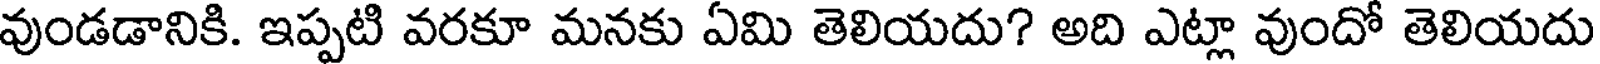
వుండడానికి. ఇప్పటి వరకూ మనకు ఏమి తెలియదు? అది ఎట్లా వుందో తెలియదు